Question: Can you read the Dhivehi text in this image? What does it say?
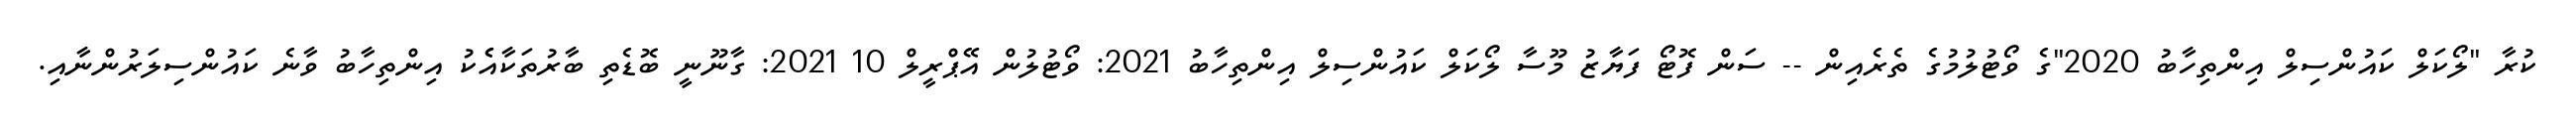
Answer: ކުރާ "ލޯކަލް ކައުންސިލް އިންތިހާބު 2020"ގެ ވޯޓުލުމުގެ ތެރެއިން -- ސަން ފޮޓޯ ފަޔާޒު މޫސާ ލޯކަލް ކައުންސިލް އިންތިހާބު 2021: ވޯޓުލުން އޭޕްރީލް 10 2021: ގާނޫނީ ބޮޑެތި ބާރުތަކާއެެކު އިންތިހާބު ވާނެ ކައުންސިލަރުންނާއި.